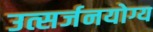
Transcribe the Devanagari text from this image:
उत्सर्जनयोग्य